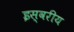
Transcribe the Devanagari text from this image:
इस्वरीय